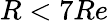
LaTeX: R<7Re